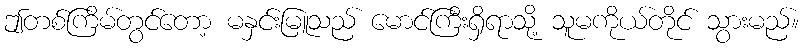
ဤတစ်ကြိမ်တွင်တော့ မနှင်းမြူသည် မောင်ကြီးရှိရာသို့ သူမကိုယ်တိုင် သွားမည်။